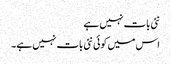
نئی بات نہیں ہے
اس میں کوئی نئی بات نہیں ہے۔